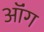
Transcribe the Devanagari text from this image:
ऑंग